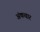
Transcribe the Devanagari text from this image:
अंकवार